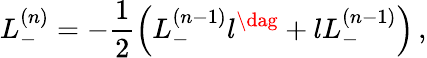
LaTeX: L_{-}^{(n)}=-\frac 12\left(L_{-}^{(n-1)}l^{\dag}+lL_{-}^{(n-1)}\right)\, ,